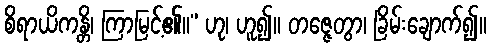
စိရာယိကန္တိ၊ ကြာမြင့်၏။” ဟု၊ ဟူ၍။ တဇ္ဇေတွာ၊ ခြိမ်းချောက်၍။